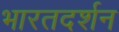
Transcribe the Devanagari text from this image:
भारतदर्शन